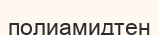
полиамидтен